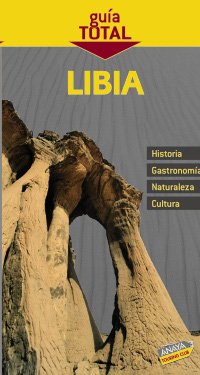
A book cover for Libia / Libya (Spanish Edition); Comercial Grupo Anaya; Travel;